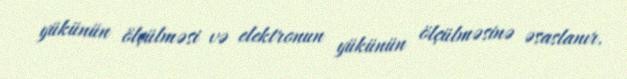
yükünün ölçülməsi və elektronun yükünün ölçülməsinə əsaslanır.